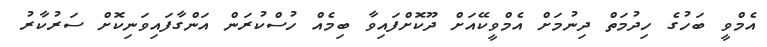
އެމްވީ ބަހުގެ ހިދުމަތް ދިނުމަށް އެމްވީކޭއަށް ދޫކޮށްފައިވާ ބިމެއް ހުސްކުރަން އަންގާފައިވަނިކޮށް ސަރުކާރު